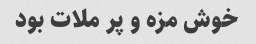
خوش مزه و پر ملات بود